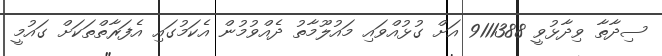
ސިދާތާ ވިދާޅުވީ 9111388 އަށް ގުޅުއްވައި މައުލޫމާތު ދެއްވުމުން އެކަމުގައި އެފަރާތްތަކަށް ގައުމީ